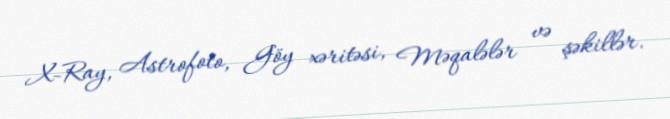
X-Ray, Astrofoto, Göy xəritəsi, Məqalələr və şəkillər.